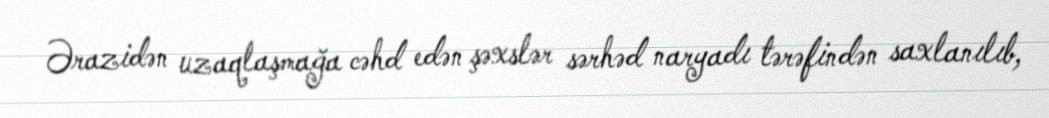
Ərazidən uzaqlaşmağa cəhd edən şəxslər sərhəd naryadı tərəfindən saxlanılıb,